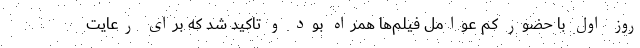
روز اول با حضور کم عوامل فیلم‌ها همراه بود و تاکید شد که برای رعایت